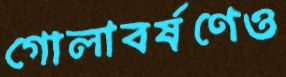
গোলাবর্ষণেও